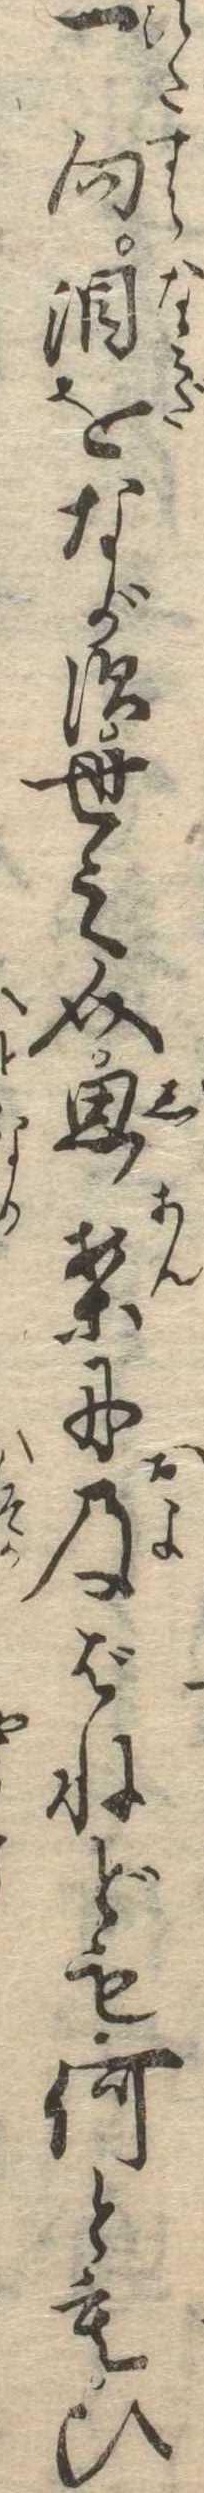
一向涙をながす世之介思案に及ばねども何ともひ